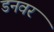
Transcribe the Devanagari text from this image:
डनवर